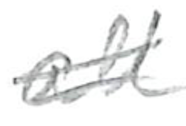
Text: all
Cross-out: mix
Writing tool: pencil